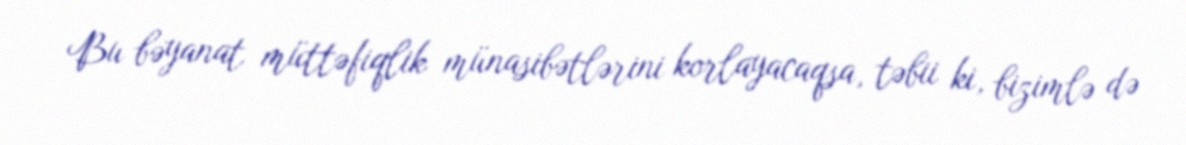
Bu bəyanat müttəfiqlik münasibətlərini korlayacaqsa, təbii ki, bizimlə də